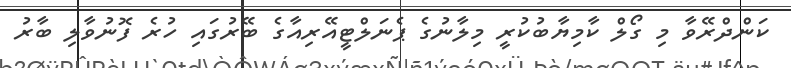
ކަންދްރޭވާ މި ގޯލް ކާމިޔާބުކުރީ މިލާނުގެ ޕެނަލްޓީއޭރިއާގެ ބޭރުގައި ހުރެ ފޮނުވާލި ބާރު